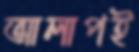
আলাপই